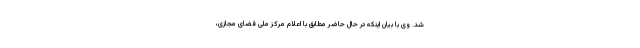
شد. وی با بیان اینکه در حال حاضر مطابق با اعلام مرکز ملی فضای مجازی،